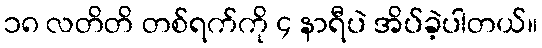
၁၈ လတိတိ တစ်ရက်ကို ၄ နာရီပဲ အိပ်ခဲ့ပါတယ်။